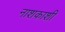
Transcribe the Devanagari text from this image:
नाशकाशी